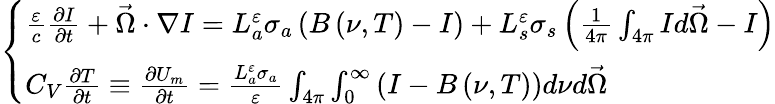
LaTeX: \left\{ \begin{array}{l}{{\frac{\varepsilon}{c}\frac{\partial I}{\partial t}+\vec{\Omega}\cdot\nabla I=L_{a}^{\varepsilon}\sigma_{a}\left(B\left(\nu,T\right)-I\right)+L_{s}^{\varepsilon}\sigma_{s}\left(\frac{1}{4\pi}\int_{4\pi}Id\vec{\Omega}-I\right)}}\\ {{C_{V}\frac{\partial T}{\partial t}\equiv\frac{\partial U_{m}}{\partial t}=\frac{L_{a}^{\varepsilon}\sigma_{a}}{\varepsilon}\int_{4\pi}\int_{0}^{\infty}\left(I-B\left(\nu,T\right)\right)d\nu d\vec{\Omega}}}\end{array}\right.